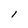
Character: l